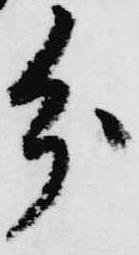
分